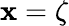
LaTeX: \mathbf{x}=\zeta